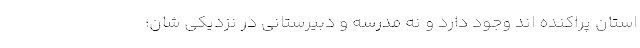
استان پراکنده اند وجود دارد و نه مدرسه و دبیرستانی در نزدیکی شان؛